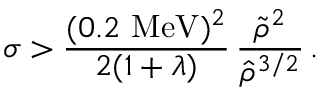
\sigma > \frac { ( 0 . 2 \, \, \mathrm { M e V } ) ^ { 2 } } { 2 ( 1 + \lambda ) } \, \frac { \tilde { \rho } ^ { 2 } } { \hat { \rho } ^ { 3 / 2 } } \, .